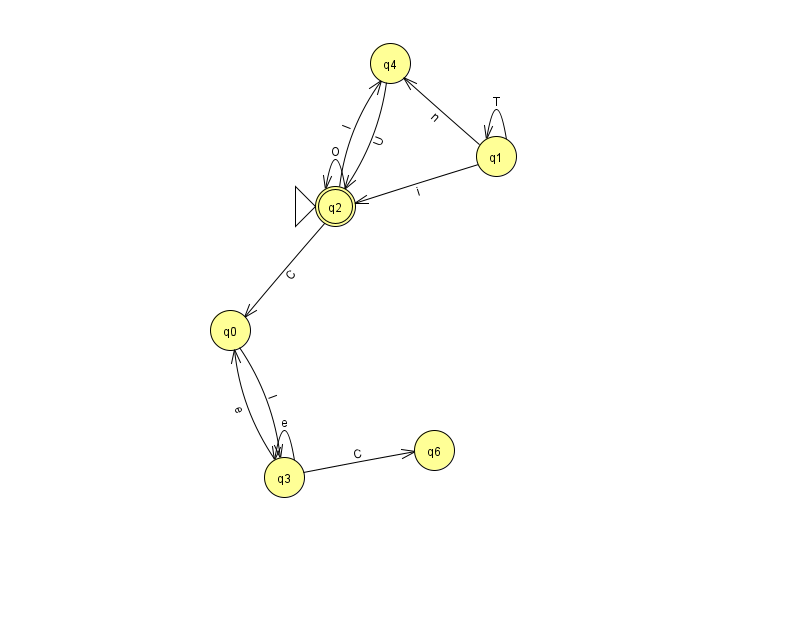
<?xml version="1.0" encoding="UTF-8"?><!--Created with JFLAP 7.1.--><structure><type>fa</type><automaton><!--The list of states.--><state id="0" name="q0"><x>230.0</x><y>317.0</y></state><state id="1" name="q1"><x>496.0</x><y>143.0</y></state><state id="2" name="q2"><x>335.0</x><y>193.0</y><initial/><final/></state><state id="3" name="q3"><x>284.0</x><y>464.0</y></state><state id="4" name="q4"><x>390.0</x><y>50.0</y></state><state id="6" name="q6"><x>434.0</x><y>437.0</y></state><!--The list of transitions.--><transition><from>4</from><to>2</to><read>U</read></transition><transition><from>1</from><to>1</to><read>T</read></transition><transition><from>3</from><to>3</to><read>e</read></transition><transition><from>3</from><to>0</to><read>e</read></transition><transition><from>1</from><to>2</to><read>i</read></transition><transition><from>1</from><to>4</to><read>n</read></transition><transition><from>2</from><to>0</to><read>C</read></transition><transition><from>2</from><to>4</to><read>I</read></transition><transition><from>3</from><to>6</to><read>C</read></transition><transition><from>0</from><to>3</to><read>l</read></transition><transition><from>2</from><to>2</to><read>O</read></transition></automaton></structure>